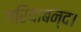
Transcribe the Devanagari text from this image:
गरियाबन्द।